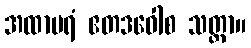
အထာပရံ ဧတဒဝေါစ သတ္ထာ။